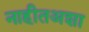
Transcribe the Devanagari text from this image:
नाहीतअशा